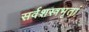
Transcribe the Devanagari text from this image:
सर्वशस्त्रभृतां